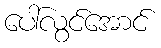
ပေါ်လွင်အောင်